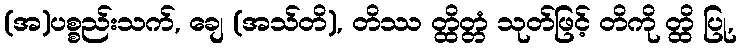
(အ)ပစ္စည်းသက်, ချေ (အသ်တိ), တိဿ တ္ထိတ္တံ သုတ်ဖြင့် တိကို တ္ထိ ပြု,